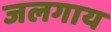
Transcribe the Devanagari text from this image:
जलगाय